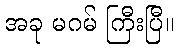
အခု မဂမ် ကြီးပြီ။